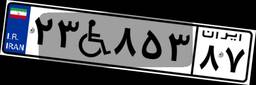
۲۳W۸۵۳۸۷